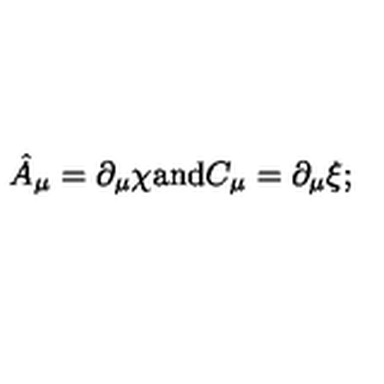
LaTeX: \hat { A } _ { \mu } = \partial _ { \mu } \chi \mathrm { a n d } C _ { \mu } = \partial _ { \mu } \xi ;